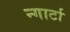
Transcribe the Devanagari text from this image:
न्गार्टा